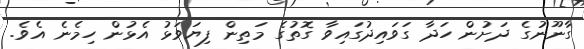
ގާނޫނުގެ ދަށުން ހަދާ ގަވައިދުގައިވާ ގޮތުގެ މަތިން ފިޔަވަޅު އެޅުން ހިމެނެ އެވެ.